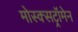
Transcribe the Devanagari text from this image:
मोस्क्सट्रॉमेन